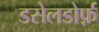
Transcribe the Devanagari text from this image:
डसेलडोर्फ़